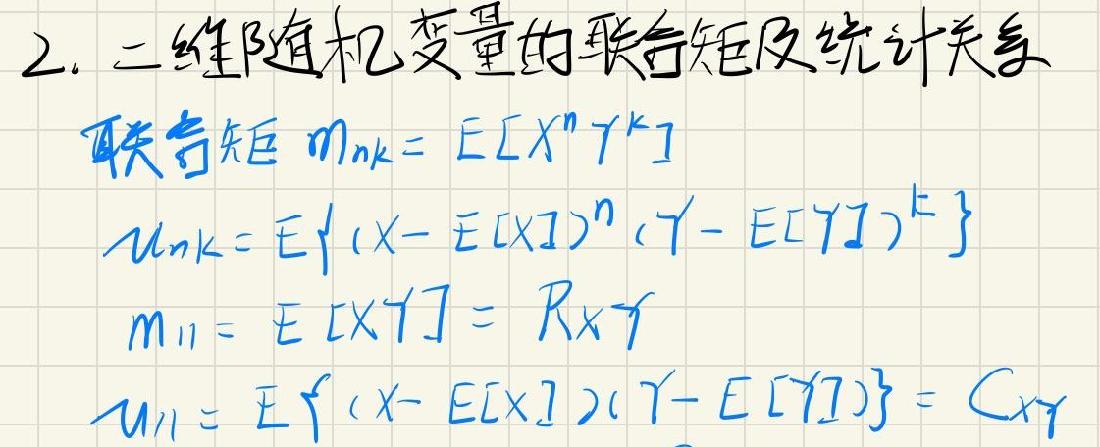
2. 二维随机变量的联合矩及统计关系
联合矩 \(m_{nk}=E[X^{n}Y^{k}]\)
\(\mu_{nk}=E\{(X - E[X])^{n}(Y - E[Y])^{k}\}\)
\(m_{11}=E[XY]=R_{XY}\)
\(\mu_{11}=E\{(X - E[X])(Y - E[Y])\}=C_{XY}\)